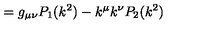
= g _ { \mu \nu } P _ { 1 } ( k ^ { 2 } ) - k ^ { \mu } k ^ { \nu } P _ { 2 } ( k ^ { 2 } )